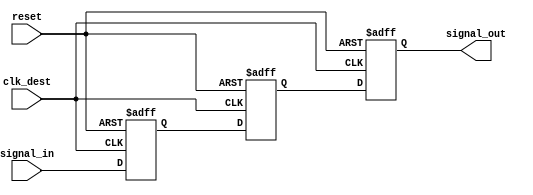
module Signal_Crossing_Synchronizer #(
    parameter WIDTH = 1 // Width of the input signal
)(
    input wire clk_dest,             // Destination clock
    input wire reset,                // Asynchronous reset
    input wire [WIDTH-1:0] signal_in,// Input signal from the source clock domain
    output reg [WIDTH-1:0] signal_out // Synchronized output signal
);

    reg [WIDTH-1:0] sync_ff1; // First stage flip-flop
    reg [WIDTH-1:0] sync_ff2; // Second stage flip-flop

    always @(posedge clk_dest or posedge reset) begin
        if (reset) begin
            sync_ff1 <= {WIDTH{1'b0}};
            sync_ff2 <= {WIDTH{1'b0}};
            signal_out <= {WIDTH{1'b0}};
        end else begin
            sync_ff1 <= signal_in; // Sample input signal
            sync_ff2 <= sync_ff1;   // Second stage
            signal_out <= sync_ff2;  // Output synchronized signal
        end
    end

endmodule